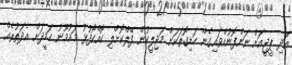
އަދި ޕީޖީއަށް ނަންފޮނުއްވައިގެން ހަޑިގޮތަކަށް މަޖިލީހުން ފޭލްކޮށްލި ކޮއްކޯފުޅު މައުމޫނު ހަމީދަށް އެދަތުރެއް